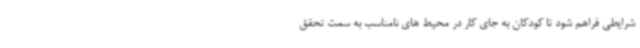
شرایطی فراهم شود تا کودکان به جای کار در محیط های نامناسب به سمت تحقق